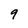
Character: 9